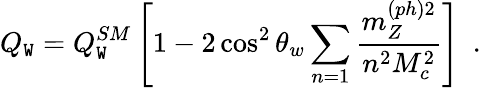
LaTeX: Q_{\mathtt{W}}=Q_{\mathtt{W}}^{SM}\left[1-2\cos^{2}\theta_{w}\sum_{n=1}\frac{{m_{Z}^{(ph)2}}}{{n^{2}M_{c}^{2}}}\right]\, \, \, .